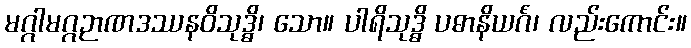
မဂ္ဂါမဂ္ဂဉာဏဒဿနဝိသုဒ္ဓိ၊ သော။ ပါရိသုဒ္ဓိ ပဓာနိယင်္ဂံ၊ လည်းကောင်း။